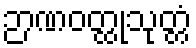
ဉာဏဝတ္ထုသုတ္တံ